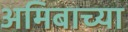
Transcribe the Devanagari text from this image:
अमिबाच्या